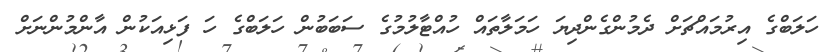
ހަލަބްގެ އިރުމައްޗަށް ދެމުންގެންދިޔަ ހަމަލާތައް ހުއްޓާލުމުގެ ސަބަބުން ހަލަބްގެ ހަ ފަޅިއަކުން އާންމުންނަށް